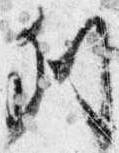
列